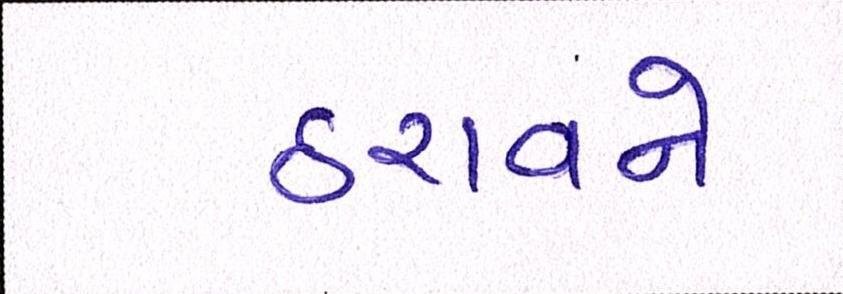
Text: ઠરાવને